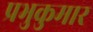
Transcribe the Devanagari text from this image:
प्रभुकुमार